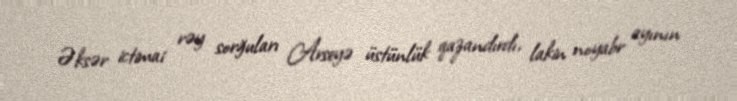
Əksər ictimai rəy sorğuları Arseyə üstünlük qazandırdı, lakin noyabr ayının